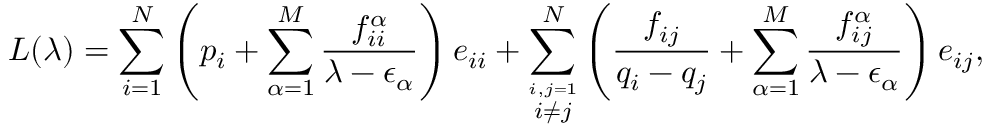
L ( \lambda ) = \sum \sb { i = 1 } \sp N \left( p \sb i + \sum \sb { \alpha = 1 } \sp M { \frac { f \sb { i i } \sp \alpha } { \lambda - \epsilon \sb \alpha } } \right) e \sb { i i } + \sum \sb { \stackrel { i , j = 1 } { i \neq j } } \sp N \left( { \frac { f \sb { i j } } { q \sb i - q \sb j } } + \sum \sb { \alpha = 1 } \sp M { \frac { f \sb { i j } \sp \alpha } { \lambda - \epsilon \sb \alpha } } \right) e \sb { i j } ,